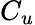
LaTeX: C_{u}